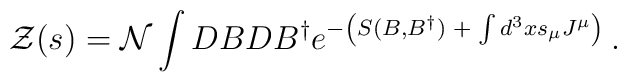
{\cal Z}(s)={\cal N}\int DBDB^{\dagger }e^{-\left( S(B,B^{\dagger})\;+\;\int d^3xs_\mu J^\mu \right) \;}.